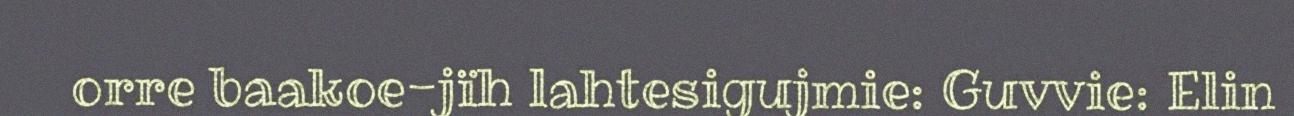
orre baakoe-jïh lahtesigujmie: Guvvie: Elin